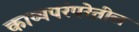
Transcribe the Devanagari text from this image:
काव्यपरंपरेतील